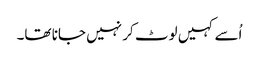
اُسے کہیں لوٹ کر نہیں جانا تھا۔